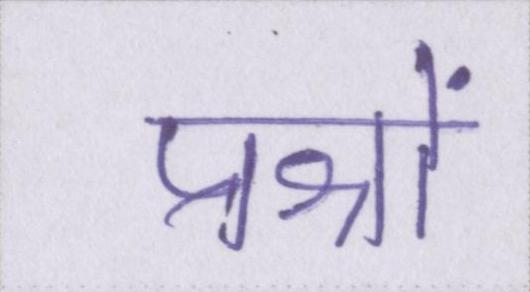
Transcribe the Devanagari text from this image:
प्रश्नों